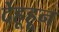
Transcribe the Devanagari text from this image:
देहूहून